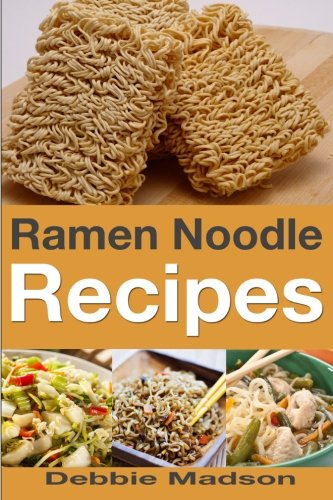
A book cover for Ramen Noodle Recipes (Cooking with Kids Series); Debbie Madson; Cookbooks, Food & Wine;